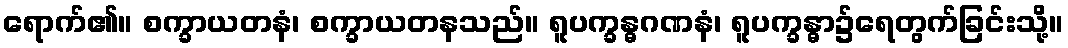
ရောက်၏။ စက္ခာယတနံ၊ စက္ခာယတနသည်။ ရူပက္ခန္ဓဂဏနံ၊ ရူပက္ခန္ဓာ၌ရေတွက်ခြင်းသို့။